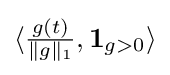
\langle {\tfrac {g(t)}{\|g\|_{1}}},\mathbf {1} _{g>0}\rangle